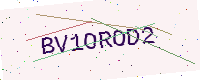
Text: BV1OROD2